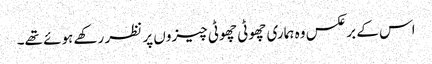
اس کے برعکس وہ ہماری چھوٹی چھوٹی چیزوں پر نظر رکھے ہوئے تھے۔